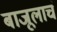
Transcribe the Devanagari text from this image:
बाजूलाचं